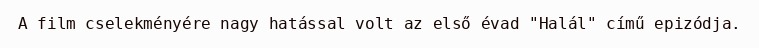
A film cselekményére nagy hatással volt az első évad "Halál" című epizódja.